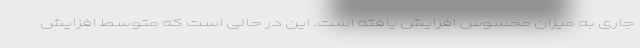
جاری به میزان محسوس افزایش یافته است. این در حالی است که متوسط افزایش